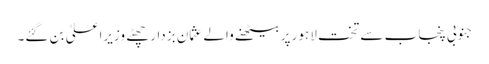
جنوبی پنجاب سے تخت لاہور پر بیٹھنے والے عثمان بزدار چھٹے وزیراعلیٰ بن گئے۔